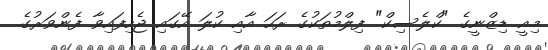
މިއީ ޑިޒްނީގެ "ކްލެސިކް" ފިލްމުތަކުގެ ރަހަ އާއި ކުލަ އޭގައި ޖެހިފައިވާ ފެންވަރުގެ